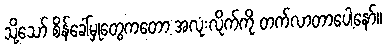
သို့သော် စိန်ခေါ်မှုတွေကတော့ အလုံးလိုက်ကို တက်လာတာပေါ့နော်။